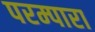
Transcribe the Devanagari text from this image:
परम्पारा